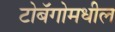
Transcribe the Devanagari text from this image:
टोबॅगोमधील